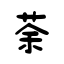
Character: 荼